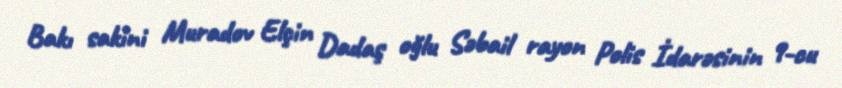
Bakı sakini Muradov Elçin Dadaş oğlu Səbail rayon Polis İdarəsinin 9-cu